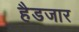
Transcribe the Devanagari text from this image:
हैडजार